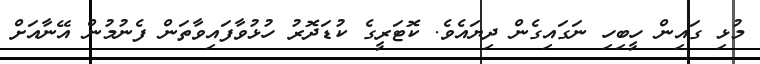
މުޅި ގައިން ހީބިހި ނަގައިގެން ދިޔައެވެ. ކޮޓަރީގެ ކުޑަދޮރު ހުޅުވާފައިވާތަން ފެނުމުން އޭނާއަށް